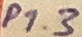
Text: P1.3